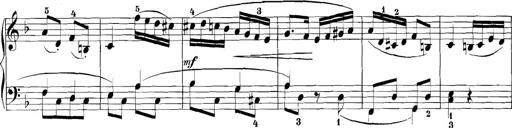
Title: 3 Sonatinas
Composer: Carl Reinecke